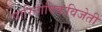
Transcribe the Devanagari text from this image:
पारितोषिकविजेती